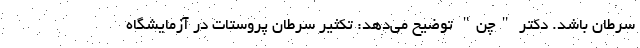
سرطان باشد. دکتر "چن" توضیح می‌دهد: تکثیر سرطان پروستات در آزمایشگاه